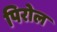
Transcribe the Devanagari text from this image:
पिरोल